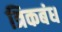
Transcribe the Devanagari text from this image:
त्रिकबंध